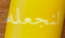
لنجعله